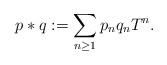
LaTeX: \begin{align*}p\ast q:=\sum_{n \geq 1}p_n q_nT^n.\end{align*}